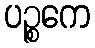
ပဉ္စကေ